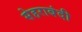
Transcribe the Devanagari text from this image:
सेहराबंदी